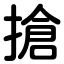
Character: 搶